School population in Scotland, 1937
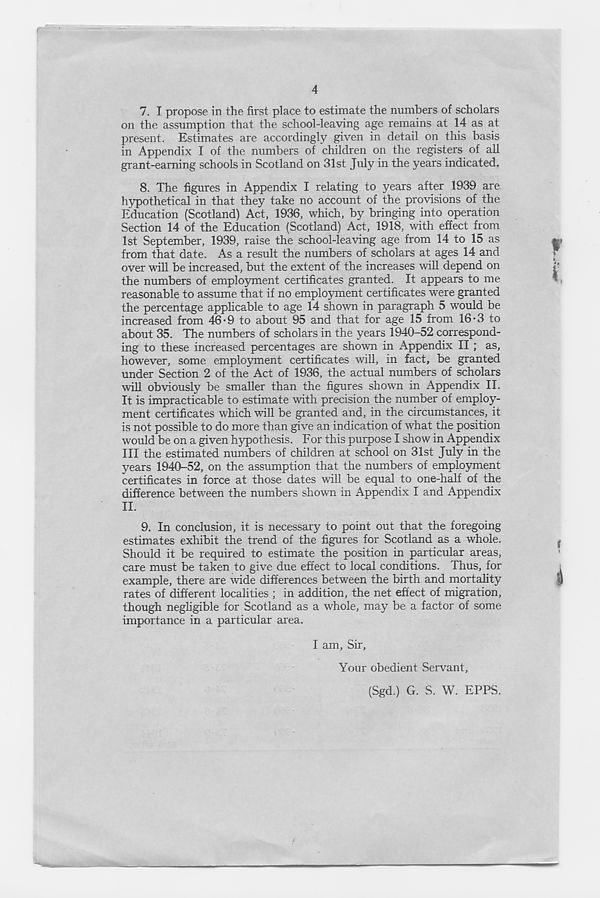
4
7. I propose in the first place to estimate the numbers of scholars
on the assumption that the school-leaving age remains at 14 as at
present. Estimates are accordingly given in detail on this basis
in Appendix I of the numbers of children on the registers of all
grant-earning schools in Scotland on 31st July in the years indicated.
8. The figures in Appendix I relating to years after 1939 are
hypothetical in that they take no account of the provisions of the
Education (Scotland) Act, 1936, which, by bringing into operation
Section 14 of the Education (Scotland) Act, 1918, with effect from
1st September, 1939, raise the school-leaving age from 14 to 15 as
from that date. As a result the numbers of scholars at ages 14 and
over will be increased, but the extent of the increases will depend on
the numbers of employment certificates granted. It appears to me
reasonable to assume that if no employment certificates were granted
the percentage applicable to age 14 shown in paragraph 5 would be
increased from 46*9 to about 95 and that for age 15 from 16-3 to
about 35. The numbers of scholars in the years 1940-52 correspond-
ing to these increased percentages are shown in Appendix II ; as,
however, some employment certificates will, in fact, be granted
under Section 2 of the Act of 1936, the actual numbers of scholars
will obviously be smaller than the figures shown in Appendix II.
It is impracticable to estimate with precision the number of employ-
ment certificates which will be granted and, in the circumstances, it
is not possible to do more than give an indication of what the position
would be on a given hypothesis. For this purpose I show in Appendix
III the estimated numbers of children at school on 31st July in the
years 1940-52, on the assumption that the numbers of employment
certificates in force at those dates will be equal to one-half of the
difference between the numbers shown in Appendix I and Appendix
II.
9. In conclusion, it is necessary to point out that the foregoing
estimates exhibit the trend of the figures for Scotland as a whole.
Should it be required to estimate the position in particular areas,
care must be taken to give due effect to local conditions. Thus, for
example, there are wide differences between the birth and mortality
rates of different localities ; in addition, the net effect of migration,
though negligible for Scotland as a whole, may be a factor of some
importance in a particular area.
I am, Sir,
Your obedient Servant,
(Sgd.) G. S. W. EPPS.